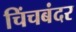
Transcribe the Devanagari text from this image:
चिंचबंदर